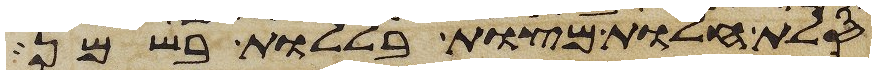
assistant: סלת חלות מצות בללות בשמן